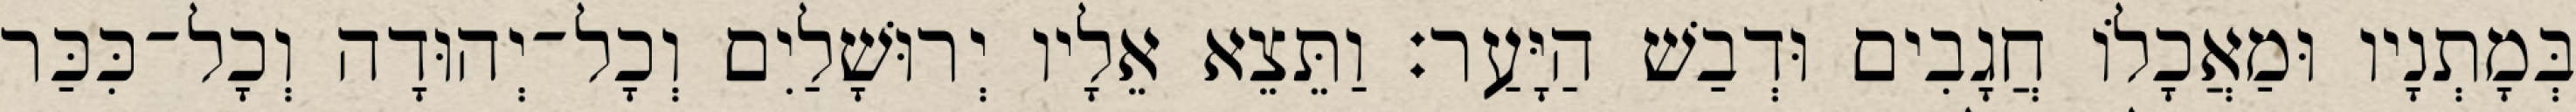
בְּמָתְנָיו וּמַאֲכָלוֹ חֲגָבִים וּדְבַשׁ הַיָּעַר׃ וַתֵּצֵא אֵלָיו יְרוּשָׁלַיִם וְכָל־יְהוּדָה וְכָל־כִּכַּר